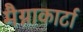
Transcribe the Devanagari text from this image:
मैग्नाकार्टा